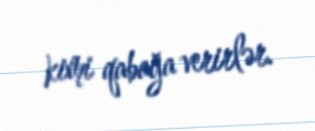
kimi qabağa verirlər.